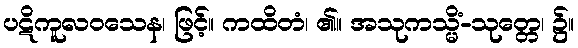
ပဋိကူလဝသေန၊ ဖြင့်။ ကထိတံ၊ ၏။ အသုကသ္မိံ-သုတ္တေ၊ ၌။